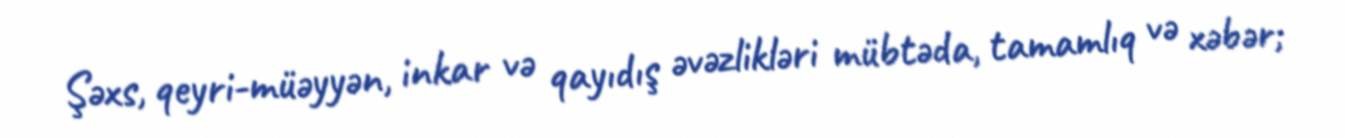
Şəxs, qeyri-müəyyən, inkar və qayıdış əvəzlikləri mübtəda, tamamlıq və xəbər;